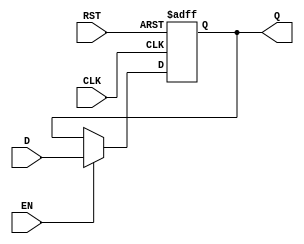
module BarrierRegister #(
    parameter WIDTH = 8  // Parameter for data width, can be adjusted as needed
)(
    input wire [WIDTH-1:0] D,   // Data inputs
    input wire EN,               // Enable signal
    input wire CLK,              // Clock signal
    input wire RST,              // Asynchronous reset signal
    output reg [WIDTH-1:0] Q     // Data outputs
);

    // Asynchronous reset and data latching
    always @(posedge CLK or posedge RST) begin
        if (RST) begin
            Q <= {WIDTH{1'b0}};    // Clear output to zero on reset
        end else if (EN) begin
            Q <= D;                // Latch input data on clock edge if enabled
        end
        // If EN is low, Q retains its current value
    end

endmodule